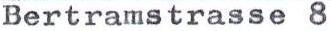
Bertramstrasse 8